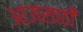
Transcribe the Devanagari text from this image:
आजसाठी